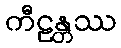
ကီဠန္တဿ